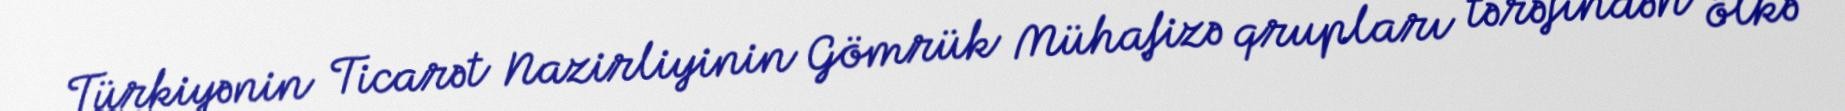
Türkiyənin Ticarət Nazirliyinin Gömrük Mühafizə qrupları tərəfindən ölkə